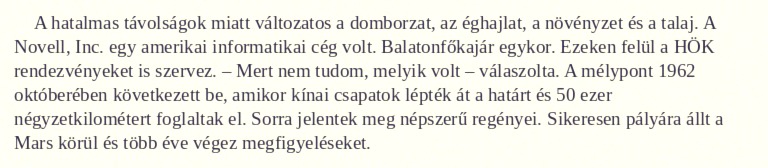
A hatalmas távolságok miatt változatos a domborzat, az éghajlat, a növényzet és a talaj. A Novell, Inc. egy amerikai informatikai cég volt. Balatonfőkajár egykor. Ezeken felül a HÖK rendezvényeket is szervez. – Mert nem tudom, melyik volt – válaszolta. A mélypont 1962 októberében következett be, amikor kínai csapatok lépték át a határt és 50 ezer négyzetkilométert foglaltak el. Sorra jelentek meg népszerű regényei. Sikeresen pályára állt a Mars körül és több éve végez megfigyeléseket.